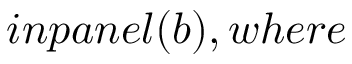
i n p a n e l ( b ) , w h e r e